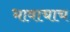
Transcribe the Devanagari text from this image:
भावाचाच